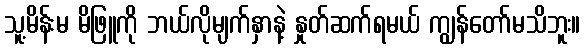
သူ့မိန်းမ မိဖြူကို ဘယ်လိုမျက်နှာနဲ့ နှုတ်ဆက်ရမယ် ကျွန်တော်မသိဘူး။